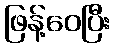
ဖြန့်ဝေပြီး